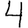
Digit: 4